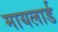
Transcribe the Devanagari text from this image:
मायलार्ड